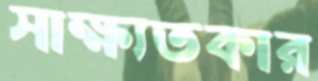
সাক্ষ্যতকার